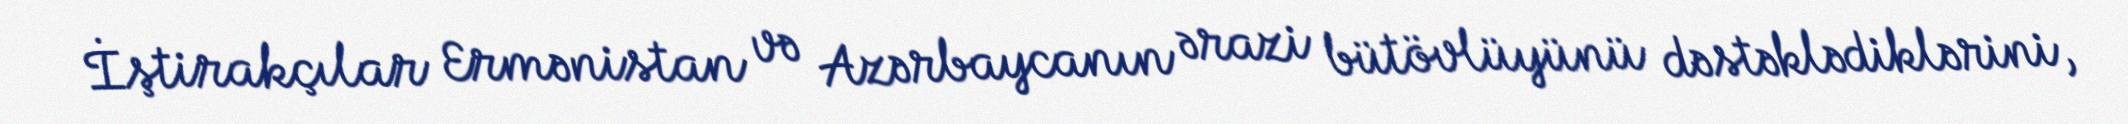
İştirakçılar Ermənistan və Azərbaycanın ərazi bütövlüyünü dəstəklədiklərini,